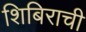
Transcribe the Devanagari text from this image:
शिबिराची